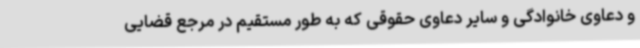
و دعاوی خانوادگی و سایر دعاوی حقوقی که به طور مستقیم در مرجع قضایی